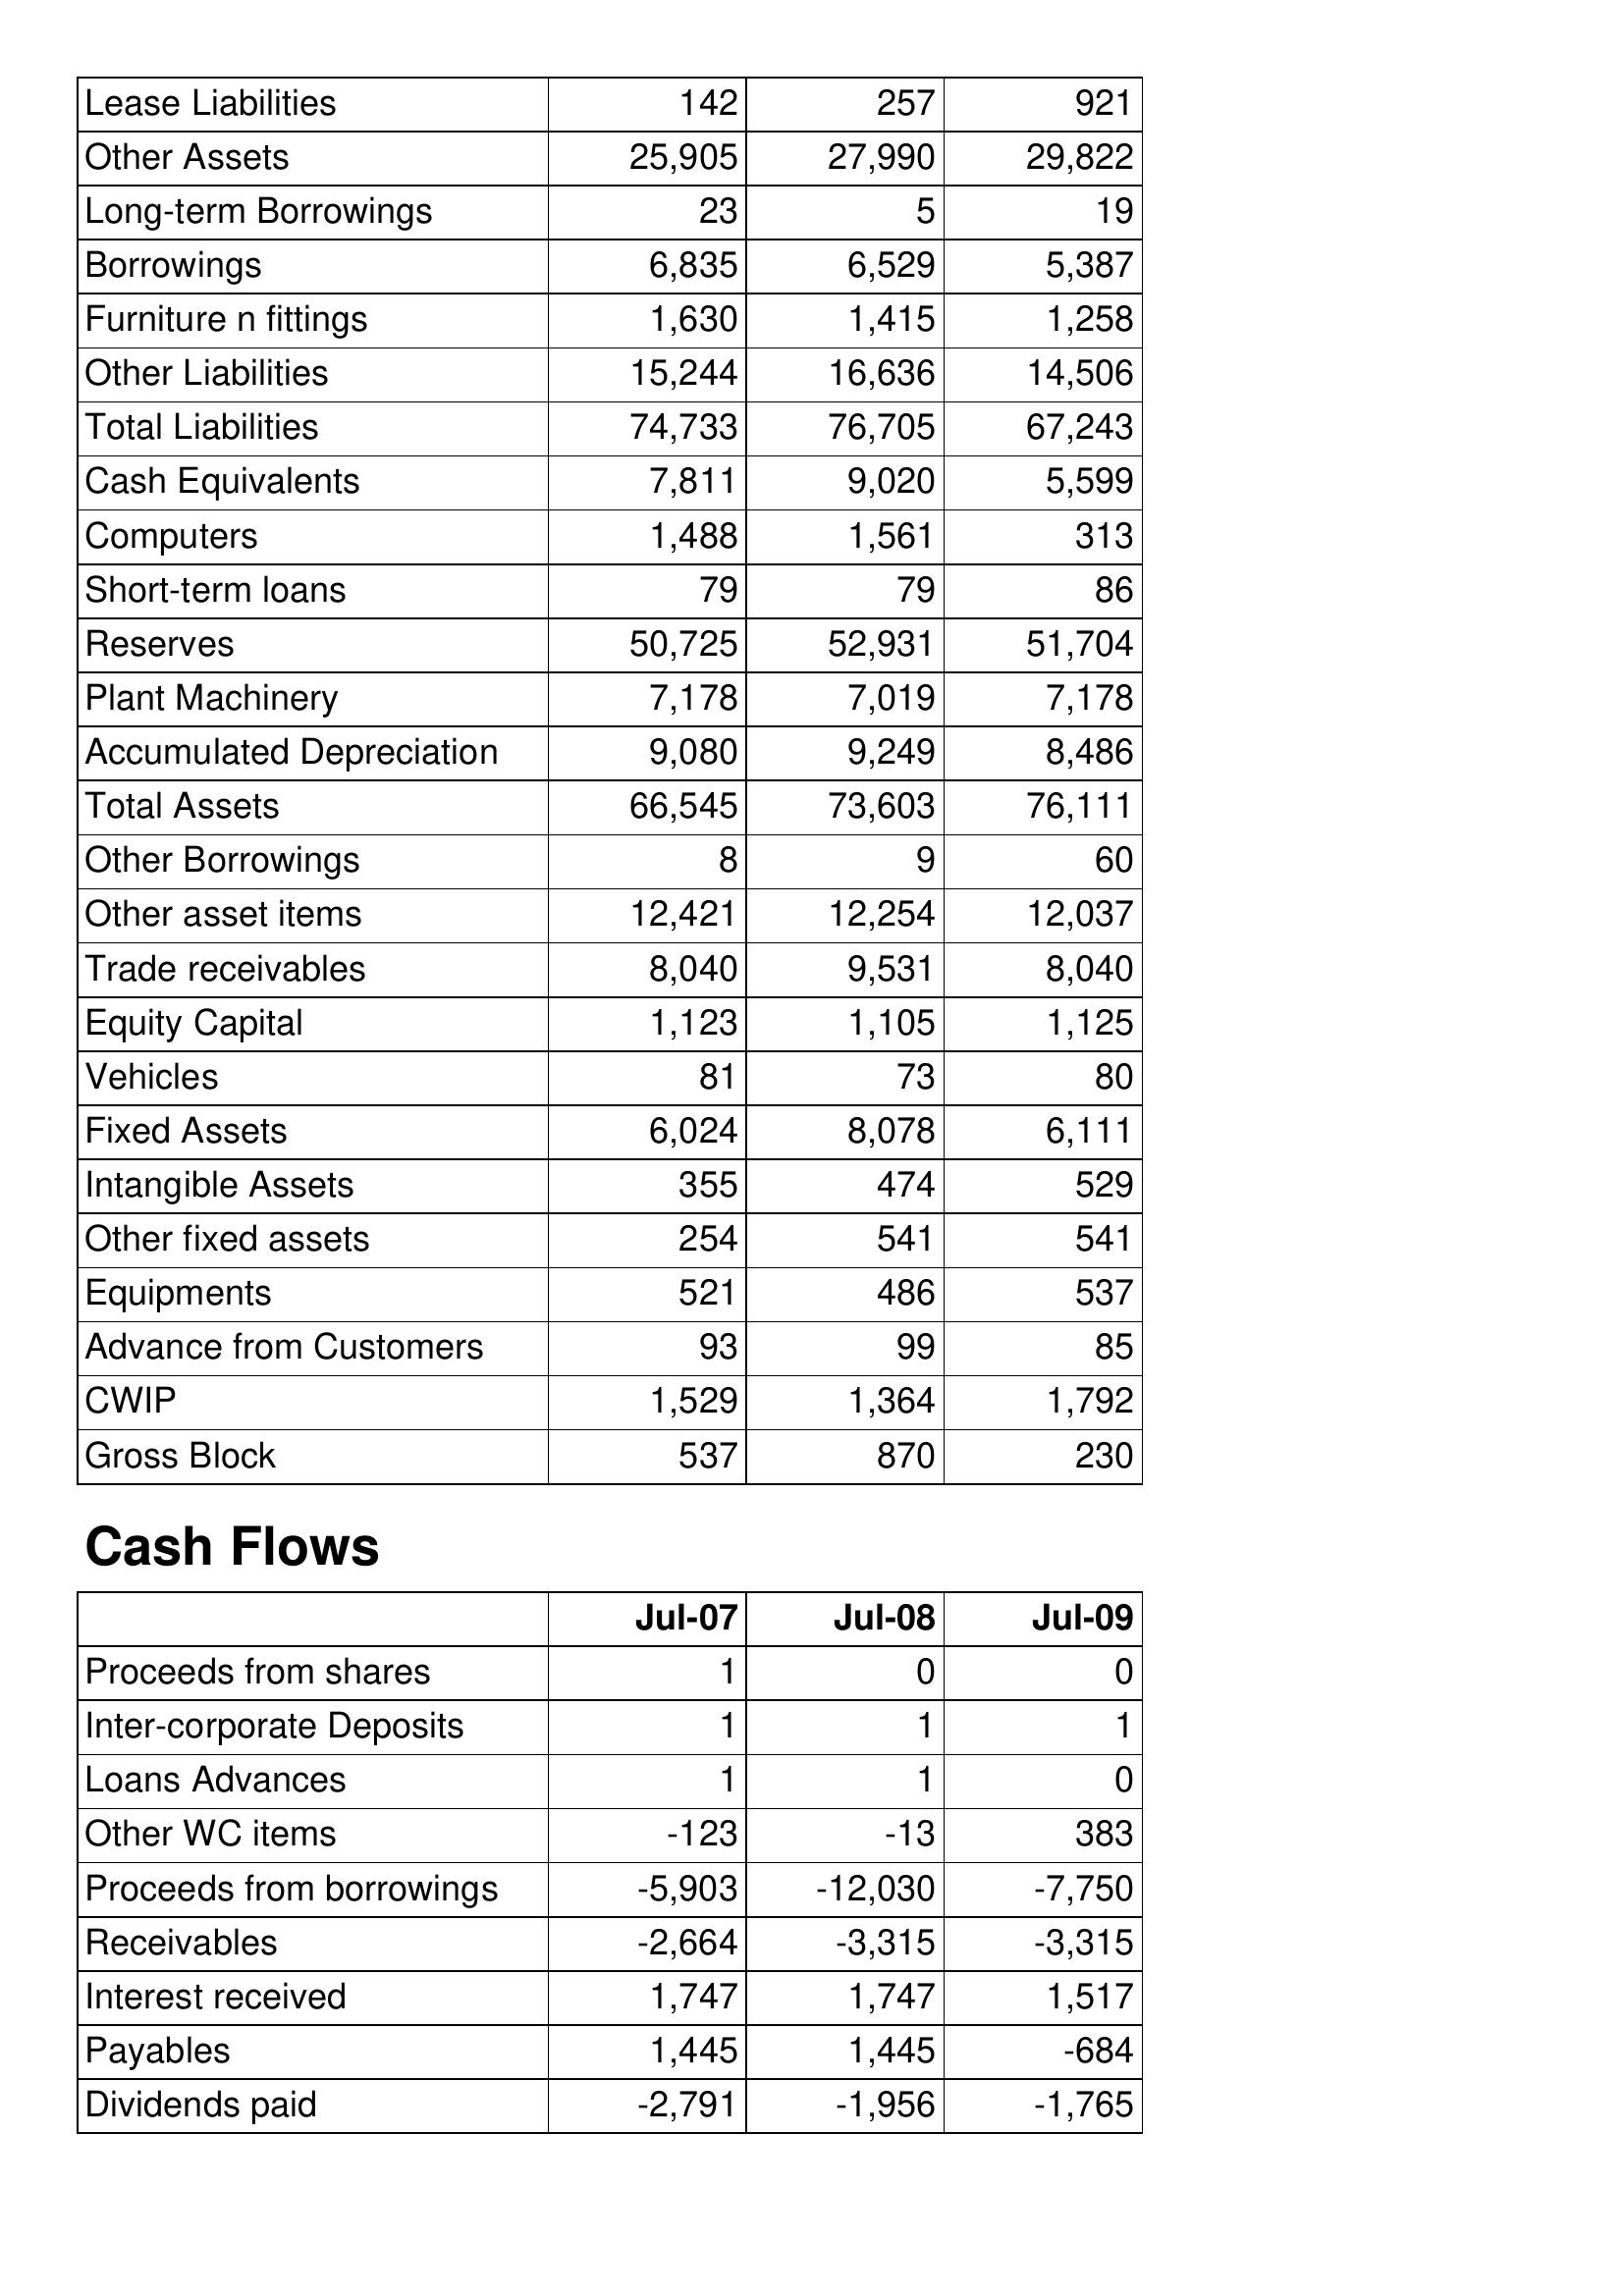
Jul-07: Balance Sheet: Lease Liabilities: 142
Other Assets: 25,905
Long-term Borrowings: 23
Borrowings: 6,835
Furniture n fittings: 1,630
Other Liabilities: 15,244
Total Liabilities: 74,733
Cash Equivalents: 7,811
Computers: 1,488
Short-term loans: 79
Reserves: 50,725
Plant Machinery: 7,178
Accumulated Depreciation: 9,080
Total Assets: 66,545
Other Borrowings: 8
Other asset items: 12,421
Trade receivables: 8,040
Equity Capital: 1,123
Vehicles: 81
Fixed Assets: 6,024
Intangible Assets: 355
Other fixed assets: 254
Equipments: 521
Advance from Customers: 93
CWIP: 1,529
Gross Block: 537
Cash Flows: Proceeds from shares: 1
Inter-corporate Deposits: 1
Loans Advances: 1
Other WC items: -123
Proceeds from borrowings: -5,903
Receivables: -2,664
Interest received: 1,747
Payables: 1,445
Dividends paid: -2,791
Jul-08: Balance Sheet: Lease Liabilities: 257
Other Assets: 27,990
Long-term Borrowings: 5
Borrowings: 6,529
Furniture n fittings: 1,415
Other Liabilities: 16,636
Total Liabilities: 76,705
Cash Equivalents: 9,020
Computers: 1,561
Short-term loans: 79
Reserves: 52,931
Plant Machinery: 7,019
Accumulated Depreciation: 9,249
Total Assets: 73,603
Other Borrowings: 9
Other asset items: 12,254
Trade receivables: 9,531
Equity Capital: 1,105
Vehicles: 73
Fixed Assets: 8,078
Intangible Assets: 474
Other fixed assets: 541
Equipments: 486
Advance from Customers: 99
CWIP: 1,364
Gross Block: 870
Cash Flows: Proceeds from shares: 0
Inter-corporate Deposits: 1
Loans Advances: 1
Other WC items: -13
Proceeds from borrowings: -12,030
Receivables: -3,315
Interest received: 1,747
Payables: 1,445
Dividends paid: -1,956
Jul-09: Balance Sheet: Lease Liabilities: 921
Other Assets: 29,822
Long-term Borrowings: 19
Borrowings: 5,387
Furniture n fittings: 1,258
Other Liabilities: 14,506
Total Liabilities: 67,243
Cash Equivalents: 5,599
Computers: 313
Short-term loans: 86
Reserves: 51,704
Plant Machinery: 7,178
Accumulated Depreciation: 8,486
Total Assets: 76,111
Other Borrowings: 60
Other asset items: 12,037
Trade receivables: 8,040
Equity Capital: 1,125
Vehicles: 80
Fixed Assets: 6,111
Intangible Assets: 529
Other fixed assets: 541
Equipments: 537
Advance from Customers: 85
CWIP: 1,792
Gross Block: 230
Cash Flows: Proceeds from shares: 0
Inter-corporate Deposits: 1
Loans Advances: 0
Other WC items: 383
Proceeds from borrowings: -7,750
Receivables: -3,315
Interest received: 1,517
Payables: -684
Dividends paid: -1,765